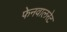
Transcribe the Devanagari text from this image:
फेनवालरेट